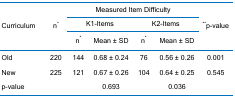
<table><thead><tr><td rowspan="3"><b>Curriculum</b></td><td rowspan="3"><b>n<sup>*</sup></b></td><td colspan="4"><b>Measured Item Difficulty</b></td><td rowspan="3"><b><sup>**</sup>p-value</b></td></tr><tr><td colspan="2"><b>K1-Items</b></td><td colspan="2"><b>K2-Items</b></td></tr><tr><td><b>n<sup>*</sup></b></td><td><b>Mean ± SD</b></td><td><b>n<sup>*</sup></b></td><td><b>Mean ± SD</b></td></tr></thead><tbody><tr><td>Old</td><td>220</td><td>144</td><td>0.68 ± 0.24</td><td>76</td><td>0.56 ± 0.26</td><td>0.001</td></tr><tr><td>New</td><td>225</td><td>121</td><td>0.67 ± 0.26</td><td>104</td><td>0.64 ± 0.25</td><td>0.545</td></tr><tr><td>p-value</td><td> </td><td> </td><td>0.693</td><td> </td><td>0.036</td><td> </td></tr></tbody></table>